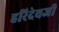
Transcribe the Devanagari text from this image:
हरिदेवजी